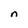
Character: n